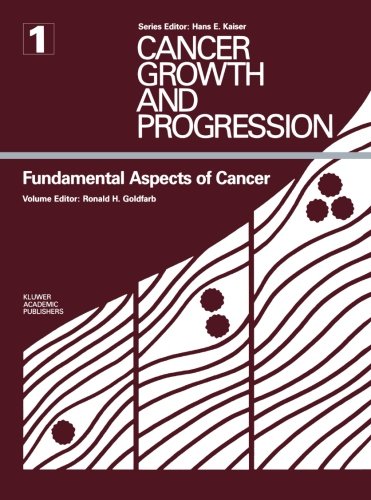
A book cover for Fundamental Aspects of Cancer (Cancer Growth and Progression); Medical Books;